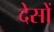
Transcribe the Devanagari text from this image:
देसों